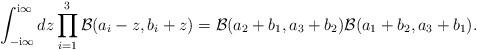
LaTeX: \begin{align*} \int_{-\textup{i} \infty}^{\textup{i} \infty}dz \prod_{i=1}^3\mathcal{B}(a_i - z,b_i + z) = \mathcal{B}(a_2+b_1,a_3+b_2)\mathcal{B}(a_1+b_2,a_3+b_1). \end{align*}